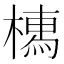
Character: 𣚐